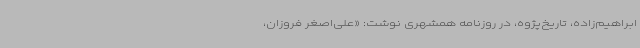
ابراهیم‌زاده، تاریخ‌پژوه، در روزنامه همشهری نوشت: «علی‌اصغر فروزان،